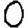
Digit: 0